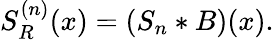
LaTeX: \begin{array}{r}{S_{R}^{(n)}(x)=(S_{n}*B)(x).}\end{array}